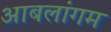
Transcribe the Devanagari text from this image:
आबलांगम